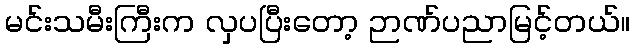
မင်းသမီးကြီးက လှပပြီးတော့ ဉာဏ်ပညာမြင့်တယ်။